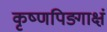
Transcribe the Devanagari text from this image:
कृष्णपिङ्गाक्षं